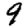
Digit: 9